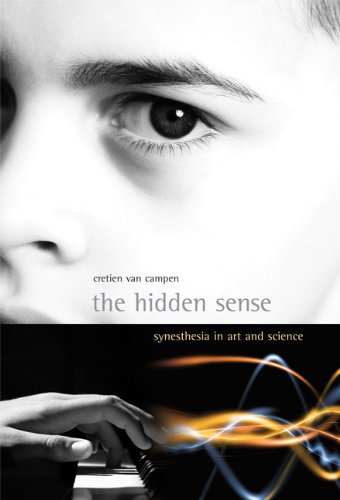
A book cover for The Hidden Sense: Synesthesia in Art and Science (Leonardo Book Series); Cretien van van Campen; Health, Fitness & Dieting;